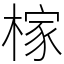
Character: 榢